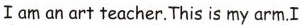
Iam an art teacher.This is my arm.I